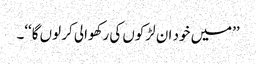
’’میں خود ان لڑکوں کی رکھوالی کر لوں گا‘‘۔